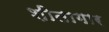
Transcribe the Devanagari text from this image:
शीतागार